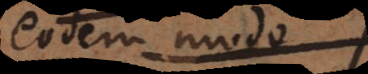
eodem modo